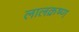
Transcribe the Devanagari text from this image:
लालक्रष्ण